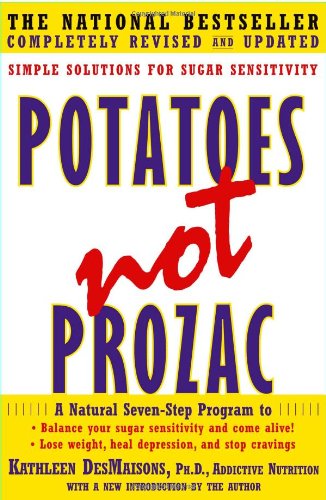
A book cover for Potatoes Not Prozac: Solutions for Sugar Sensitivity; Kathleen DesMaisons Ph.D.; Health, Fitness & Dieting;